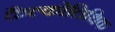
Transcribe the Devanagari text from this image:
कैल्कोलिथिक